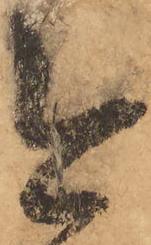
今